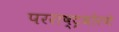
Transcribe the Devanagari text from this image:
परराष्ट्रधोरणे